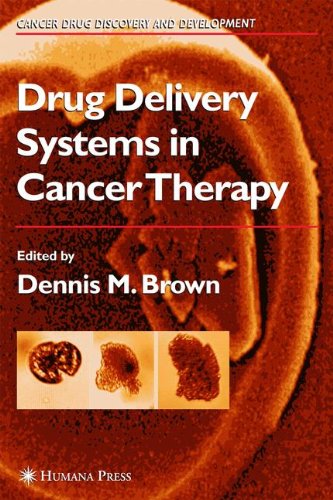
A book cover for Drug Delivery Systems in Cancer Therapy (Cancer Drug Discovery and Development); Medical Books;